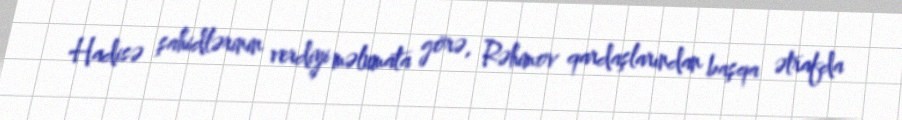
Hadisə şahidlərinin verdiyi məlumata görə, Rəhimov qardaşlarından başqa ətrafda